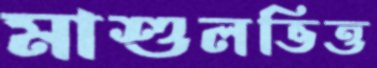
মাশুলভিত্ত